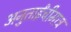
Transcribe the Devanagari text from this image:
अनुताईंचीमात्र